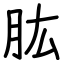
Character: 肱